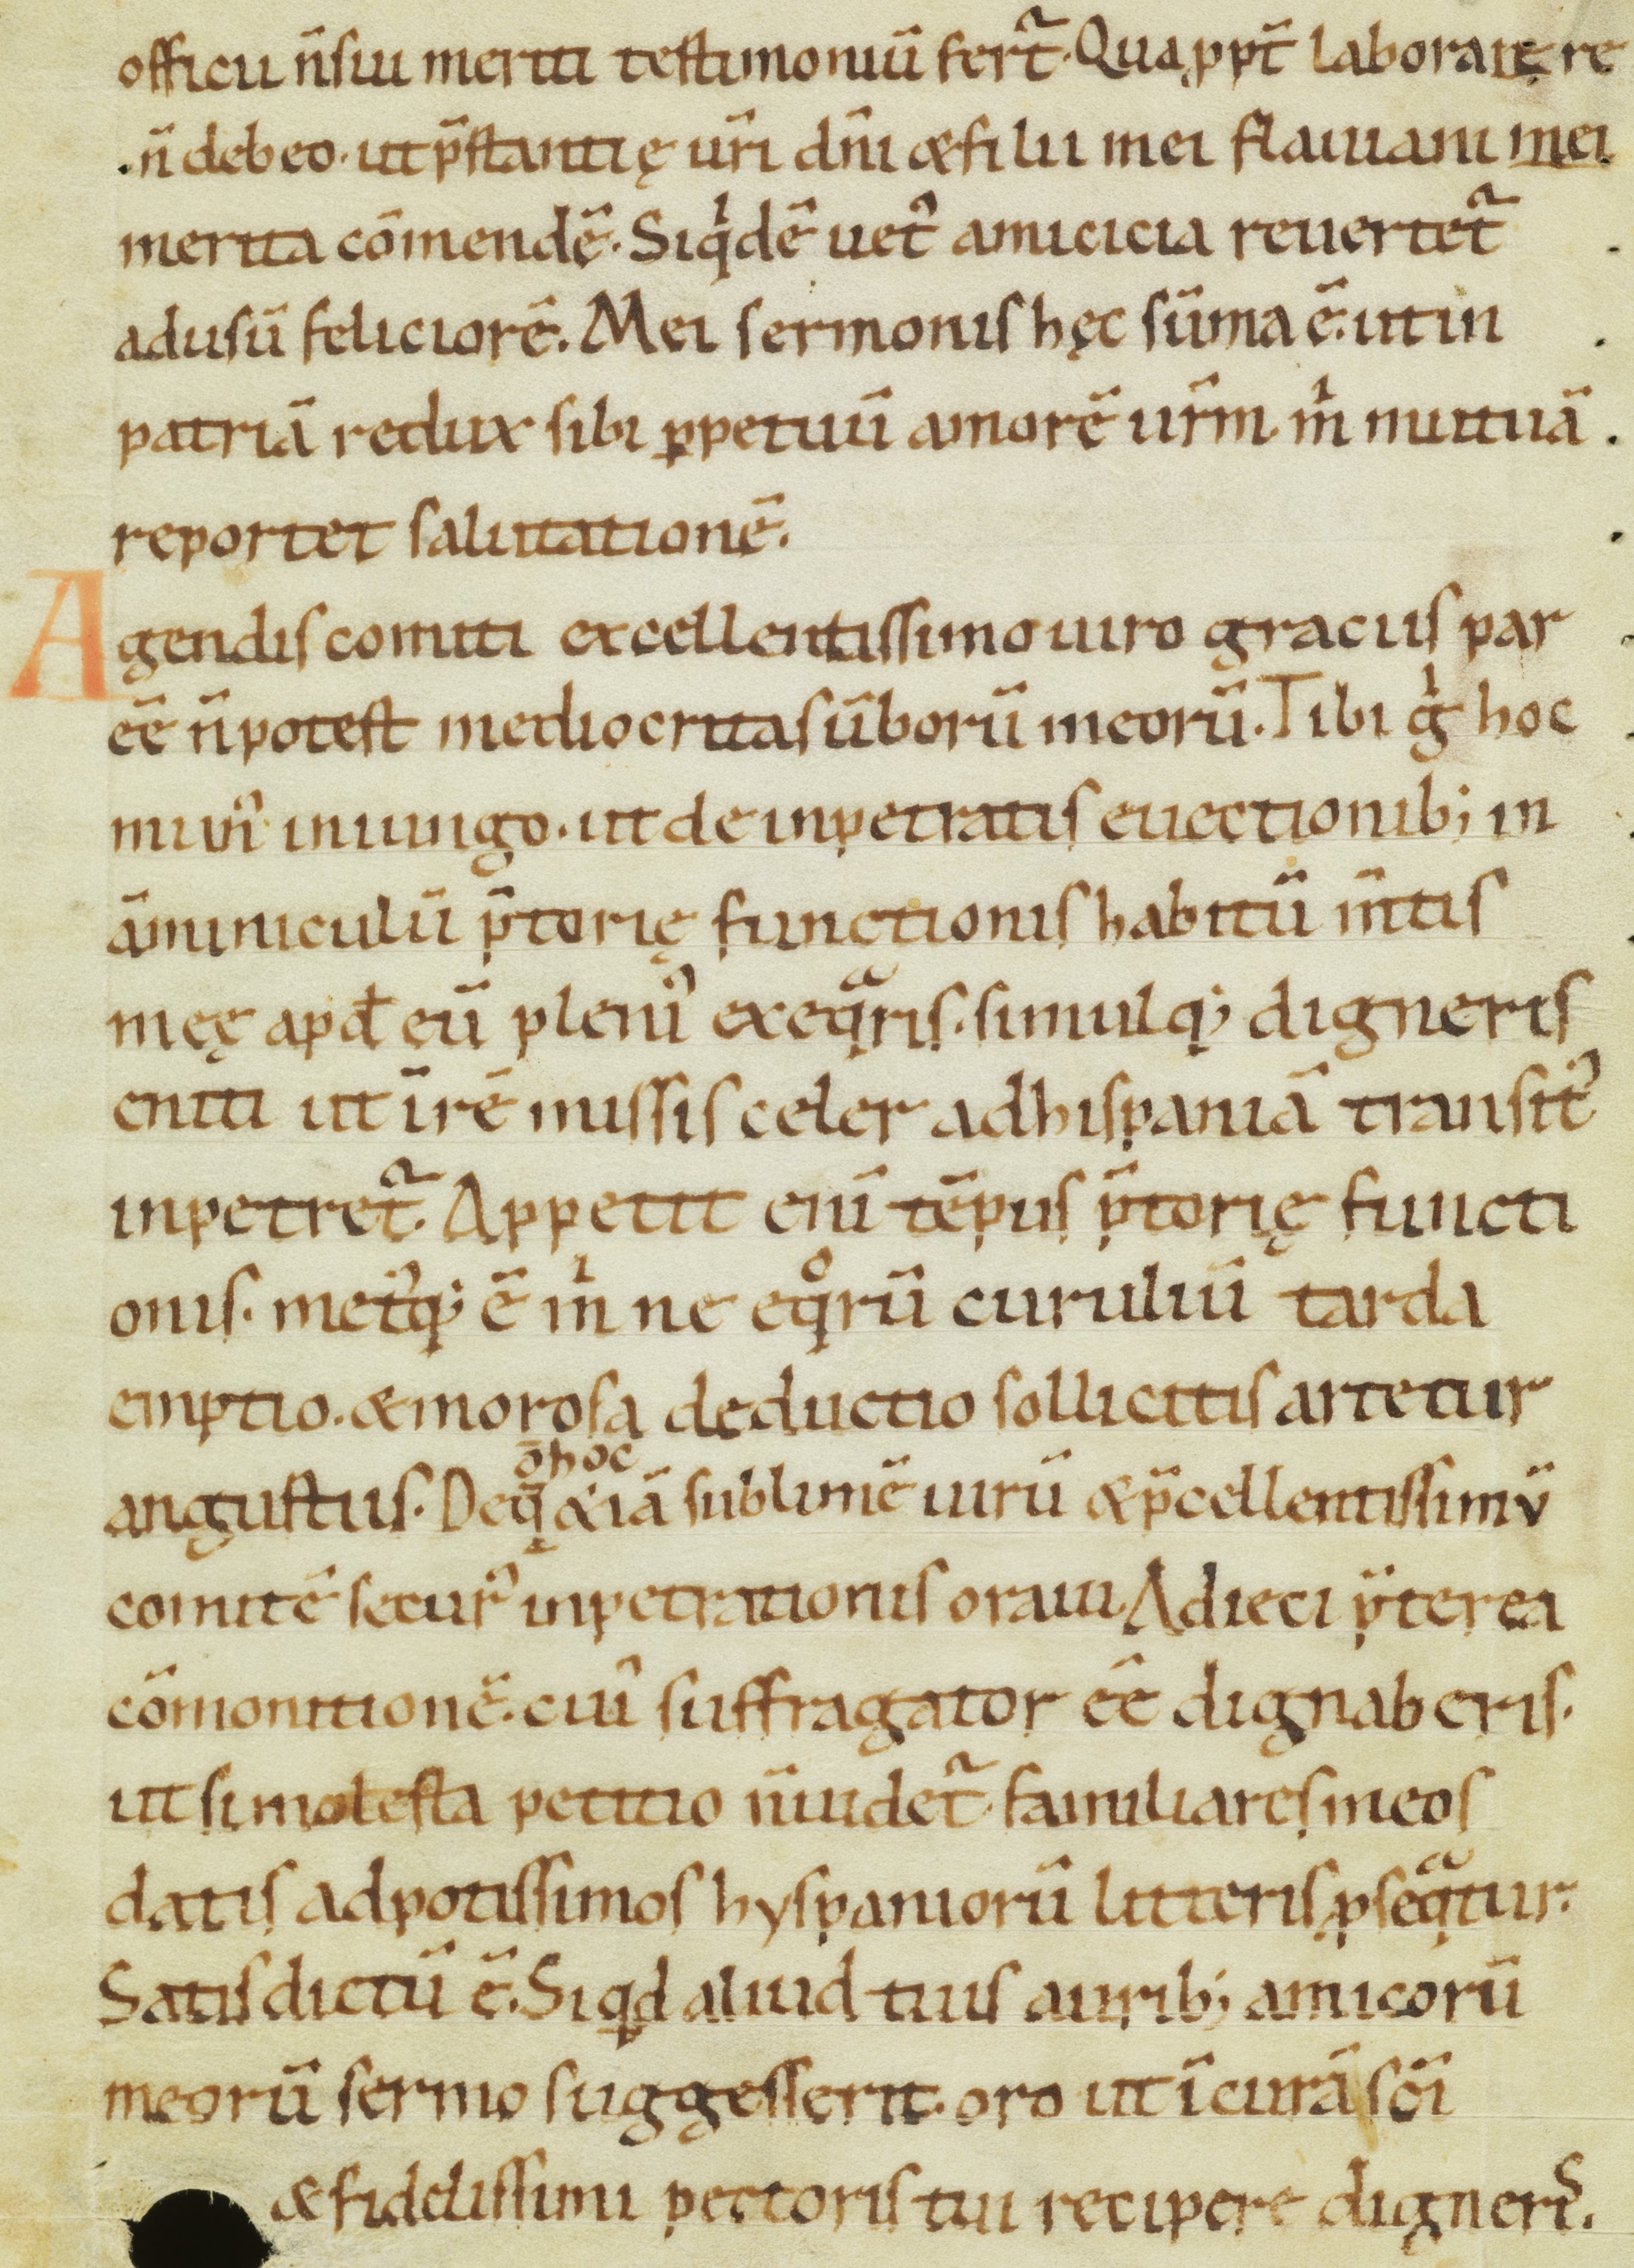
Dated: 1100–1199